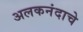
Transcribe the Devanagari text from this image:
अलकनंदाचे